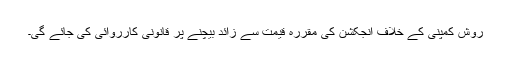
روش کمپنی کے خلاف انجکشن کی مقررہ قیمت سے زائد بیچنے پر قانونی کارروائی کی جائے گی۔